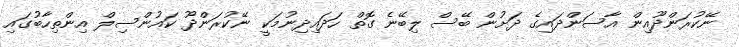
ނޭކުރަންދޫއިން އާސަންދައިގެ ދަށުން ބޭސް ލިބޭނެ ގޮތް ހަދައިދިނުމަކީ ނޭކުރަންދޫ ކައުންސިލް އިންތިހާބުގައި